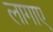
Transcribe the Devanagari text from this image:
लागाए